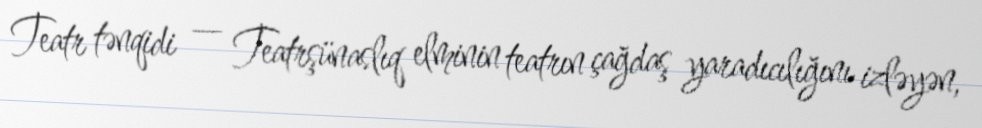
Teatr tənqidi — Teatrşünaslıq elminin teatrın çağdaş yaradıcılığını izləyən,